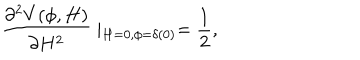
\frac { \partial ^ { 2 } V ( \phi , H ) } { \partial H ^ { 2 } } \mid _ { H = 0 , \phi = \delta ( 0 ) } = \frac { 1 } { 2 } ,